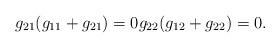
LaTeX: \begin{align*}g_{21}(g_{11}+g_{21})=0 g_{22}(g_{12}+g_{22})=0.\end{align*}